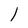
Character: 1